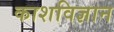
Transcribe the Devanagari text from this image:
काशविज्ञान